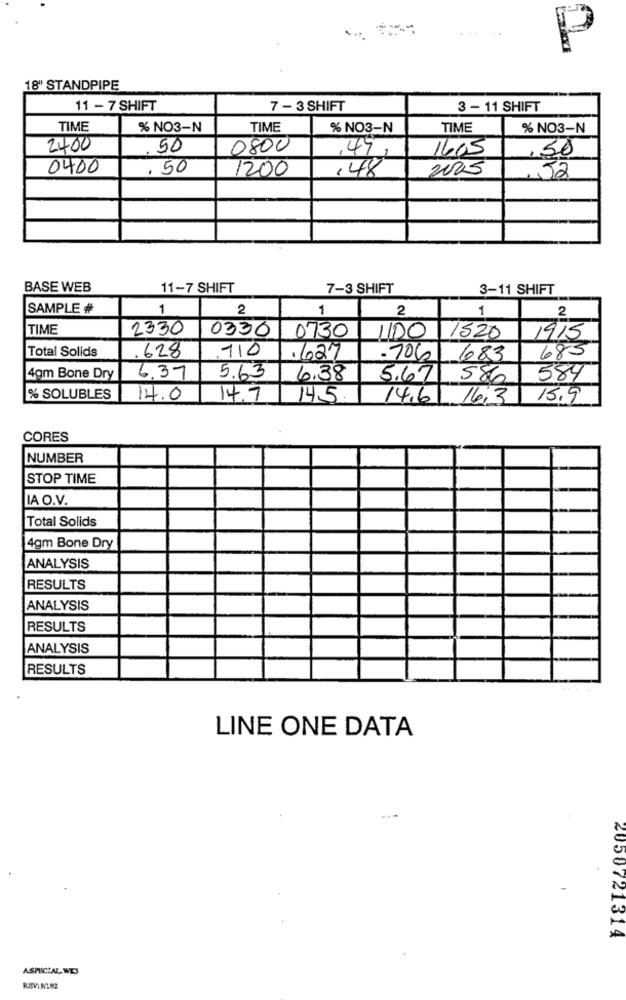
P
18" STANDPIPE
11 - 7 SHIFT
7 - 3 SHIFT
3 - 11 SHIFT
TIME
% NO3-N
TIME
% NO3-N
TIME
% NO3-N
2400
50
0800
1603
49,
0400
. 50
1200
,48
2005
52
BASE WEB
11-7 SHIFT
7-3 SHIFT
3-11 SHIFT
SAMPLE #
1
2
1
2
1
2
TIME
2330
0336
0730
1100
1520
1915
Total Solids
110
. 628
.627
-706
683
685
4gm Bone Dry
6.37
5.63
6,38
5.671
586
584
% SOLUBLES
14.0
14.7
14.5
14.6 16:3
15.9
CORES
NUMBER
STOP TIME
IA O.V.
Total Solids
4gm Bone Dry
ANALYSIS
RESULTS
ANALYSIS
RESULTS
ANALYSIS
RESULTS
LINE ONE DATA
2050721314
ASPECIAL WEJ